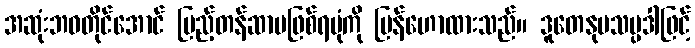
အဆုံးဘဝတိုင်အောင် ပြည့်တန်ဆာမဖြစ်ရပုံကို ပြန်ဟောထားသည်။ ဒူတေနုပသမ္ပဒါဖြင့်